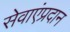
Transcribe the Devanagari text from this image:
सेवाएंप्रदान